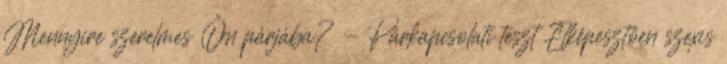
Mennyire szerelmes Ön párjába? - Párkapcsolati teszt Elképesztően szexis